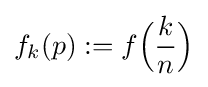
f_{k}(p):=f{\Big (}{\frac {k}{n}}{\Big )}